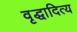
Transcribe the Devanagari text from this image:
वृद्धादित्य